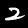
Label: 2